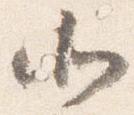
北